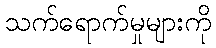
သက်ရောက်မှုများကို